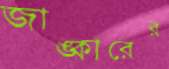
জাঙ্কারের